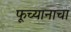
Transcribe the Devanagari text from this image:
फूच्यानाचा